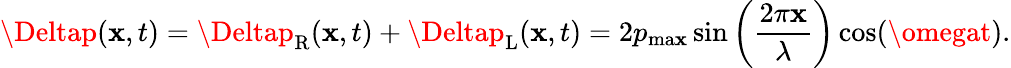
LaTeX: \Deltap(\mathbf{x},t)=\Deltap_{\mathrm{{R}}}(\mathbf{x},t)+\Deltap_{\mathrm{{L}}}(\mathbf{x},t)=2p_{\mathrm{{ma\mathbf{x}}}}\sin\left({\frac{{2\pi\mathbf{x}}}{{\lambda}}}\right)\cos(\omegat).